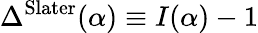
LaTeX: \Delta^{\mathrm{Slater}}(\alpha)\equiv I(\alpha)-1